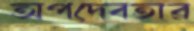
অপদেবতার